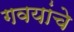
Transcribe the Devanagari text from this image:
गवयांचे